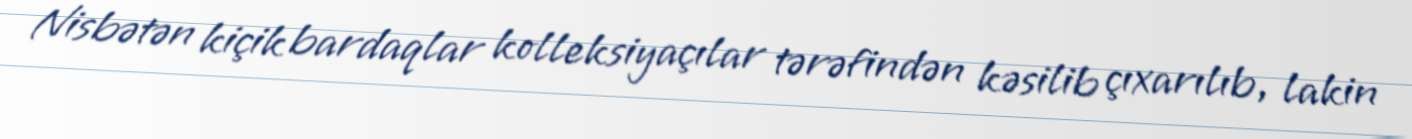
Nisbətən kiçik bardaqlar kolleksiyaçılar tərəfindən kəsilib çıxarılıb, lakin